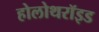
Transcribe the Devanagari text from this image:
होलोथरॉइड